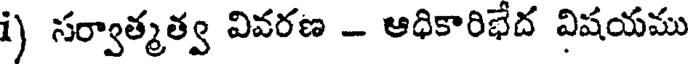
i) సర్వాత్మత్వ వివరణ - ఆధికారిభేద విషయము